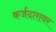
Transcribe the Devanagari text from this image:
कर्जदारावर